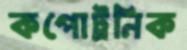
কপোট্রনিক